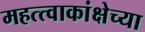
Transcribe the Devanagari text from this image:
महत्त्वाकांक्षेच्या